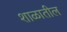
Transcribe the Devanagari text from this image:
शाळातील